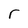
Character: r